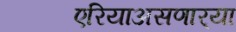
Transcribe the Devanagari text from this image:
एरियाअसणार्‍या